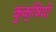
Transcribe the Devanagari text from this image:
कुक्षियों